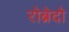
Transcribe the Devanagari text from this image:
रोब्रेदो